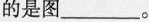
的是图___。